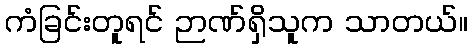
ကံခြင်းတူရင် ဉာဏ်ရှိသူက သာတယ်။